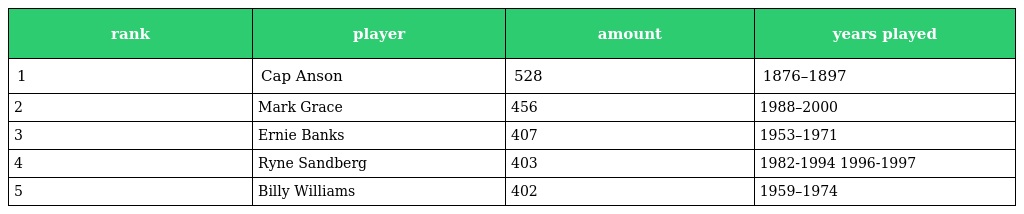
| rank | player | amount | years played |
 | --- | --- | --- | --- |
 | 1 | Cap Anson | 528 | 1876–1897 |
 | 2 | Mark Grace | 456 | 1988–2000 |
 | 3 | Ernie Banks | 407 | 1953–1971 |
 | 4 | Ryne Sandberg | 403 | 1982-1994 1996-1997 |
 | 5 | Billy Williams | 402 | 1959–1974 |